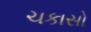
ચકાસો